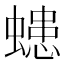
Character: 䗭